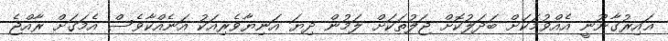
ޣައިރުގާނޫނީ އެއްވުމަކަށް ބަދަލުކޮށް ޖަލުތަކަށް ލަމުން ދިޔަ އަނިޔާވެރިއަކު އަނެއްކާވެސް އެމަގަށް ރާއްޖެ